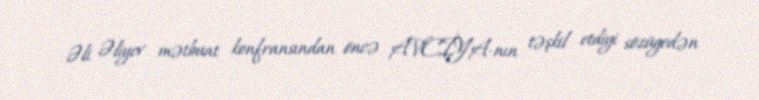
Əli Əliyev mətbuat konfransından öncə AVCİYA-nın təşkil etdiyi sözügedən